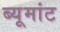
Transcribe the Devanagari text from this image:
ब्यूमांट